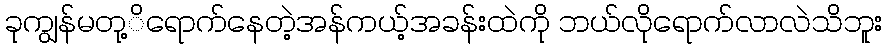
ခုကျွန်မတု့ိရောက်နေတဲ့အန်ကယ့်အခန်းထဲကို ဘယ်လိုရောက်လာလဲသိဘူး